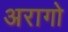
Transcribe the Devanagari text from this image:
अरागो